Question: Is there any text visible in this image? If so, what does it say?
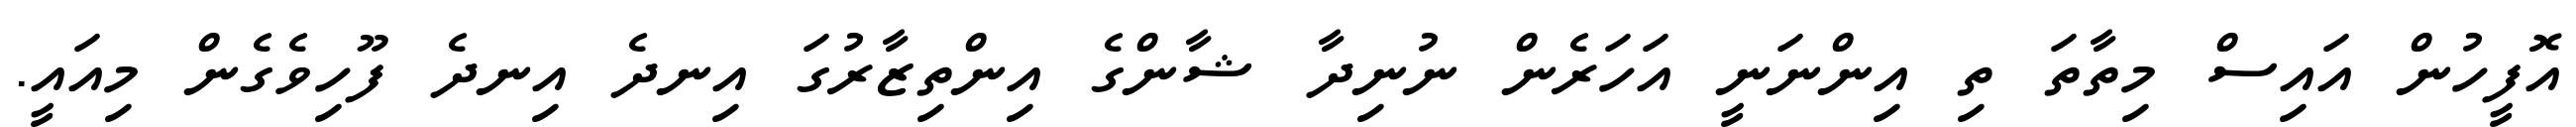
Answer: އޮފީހުން އައިސް މިތާތަ ތި އިންނަނީ އަހަރެން ނުނިދާ ޝާންގެ އިންތިޒާރުގަ އިނދެ އިނދެ ފޫހިވެގެން މިއައީ.